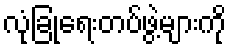
လုံခြုံရေးတပ်ဖွဲ့များကို